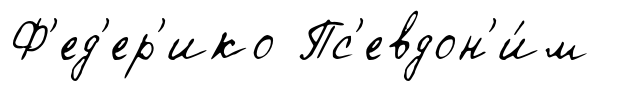
Ф'ед'ер'ико Пс'евдон'и́м